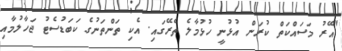
"އޭރު މަސައްކަތް ކުރަން އުޅުނީ ހުޅުމާލެ ތެރޭގައި. އެކި ތަންތަނުގެ ކަބަޑުސެޓު ޖަހާލުމާއި